Tartu_linnavalitsus, lk 21
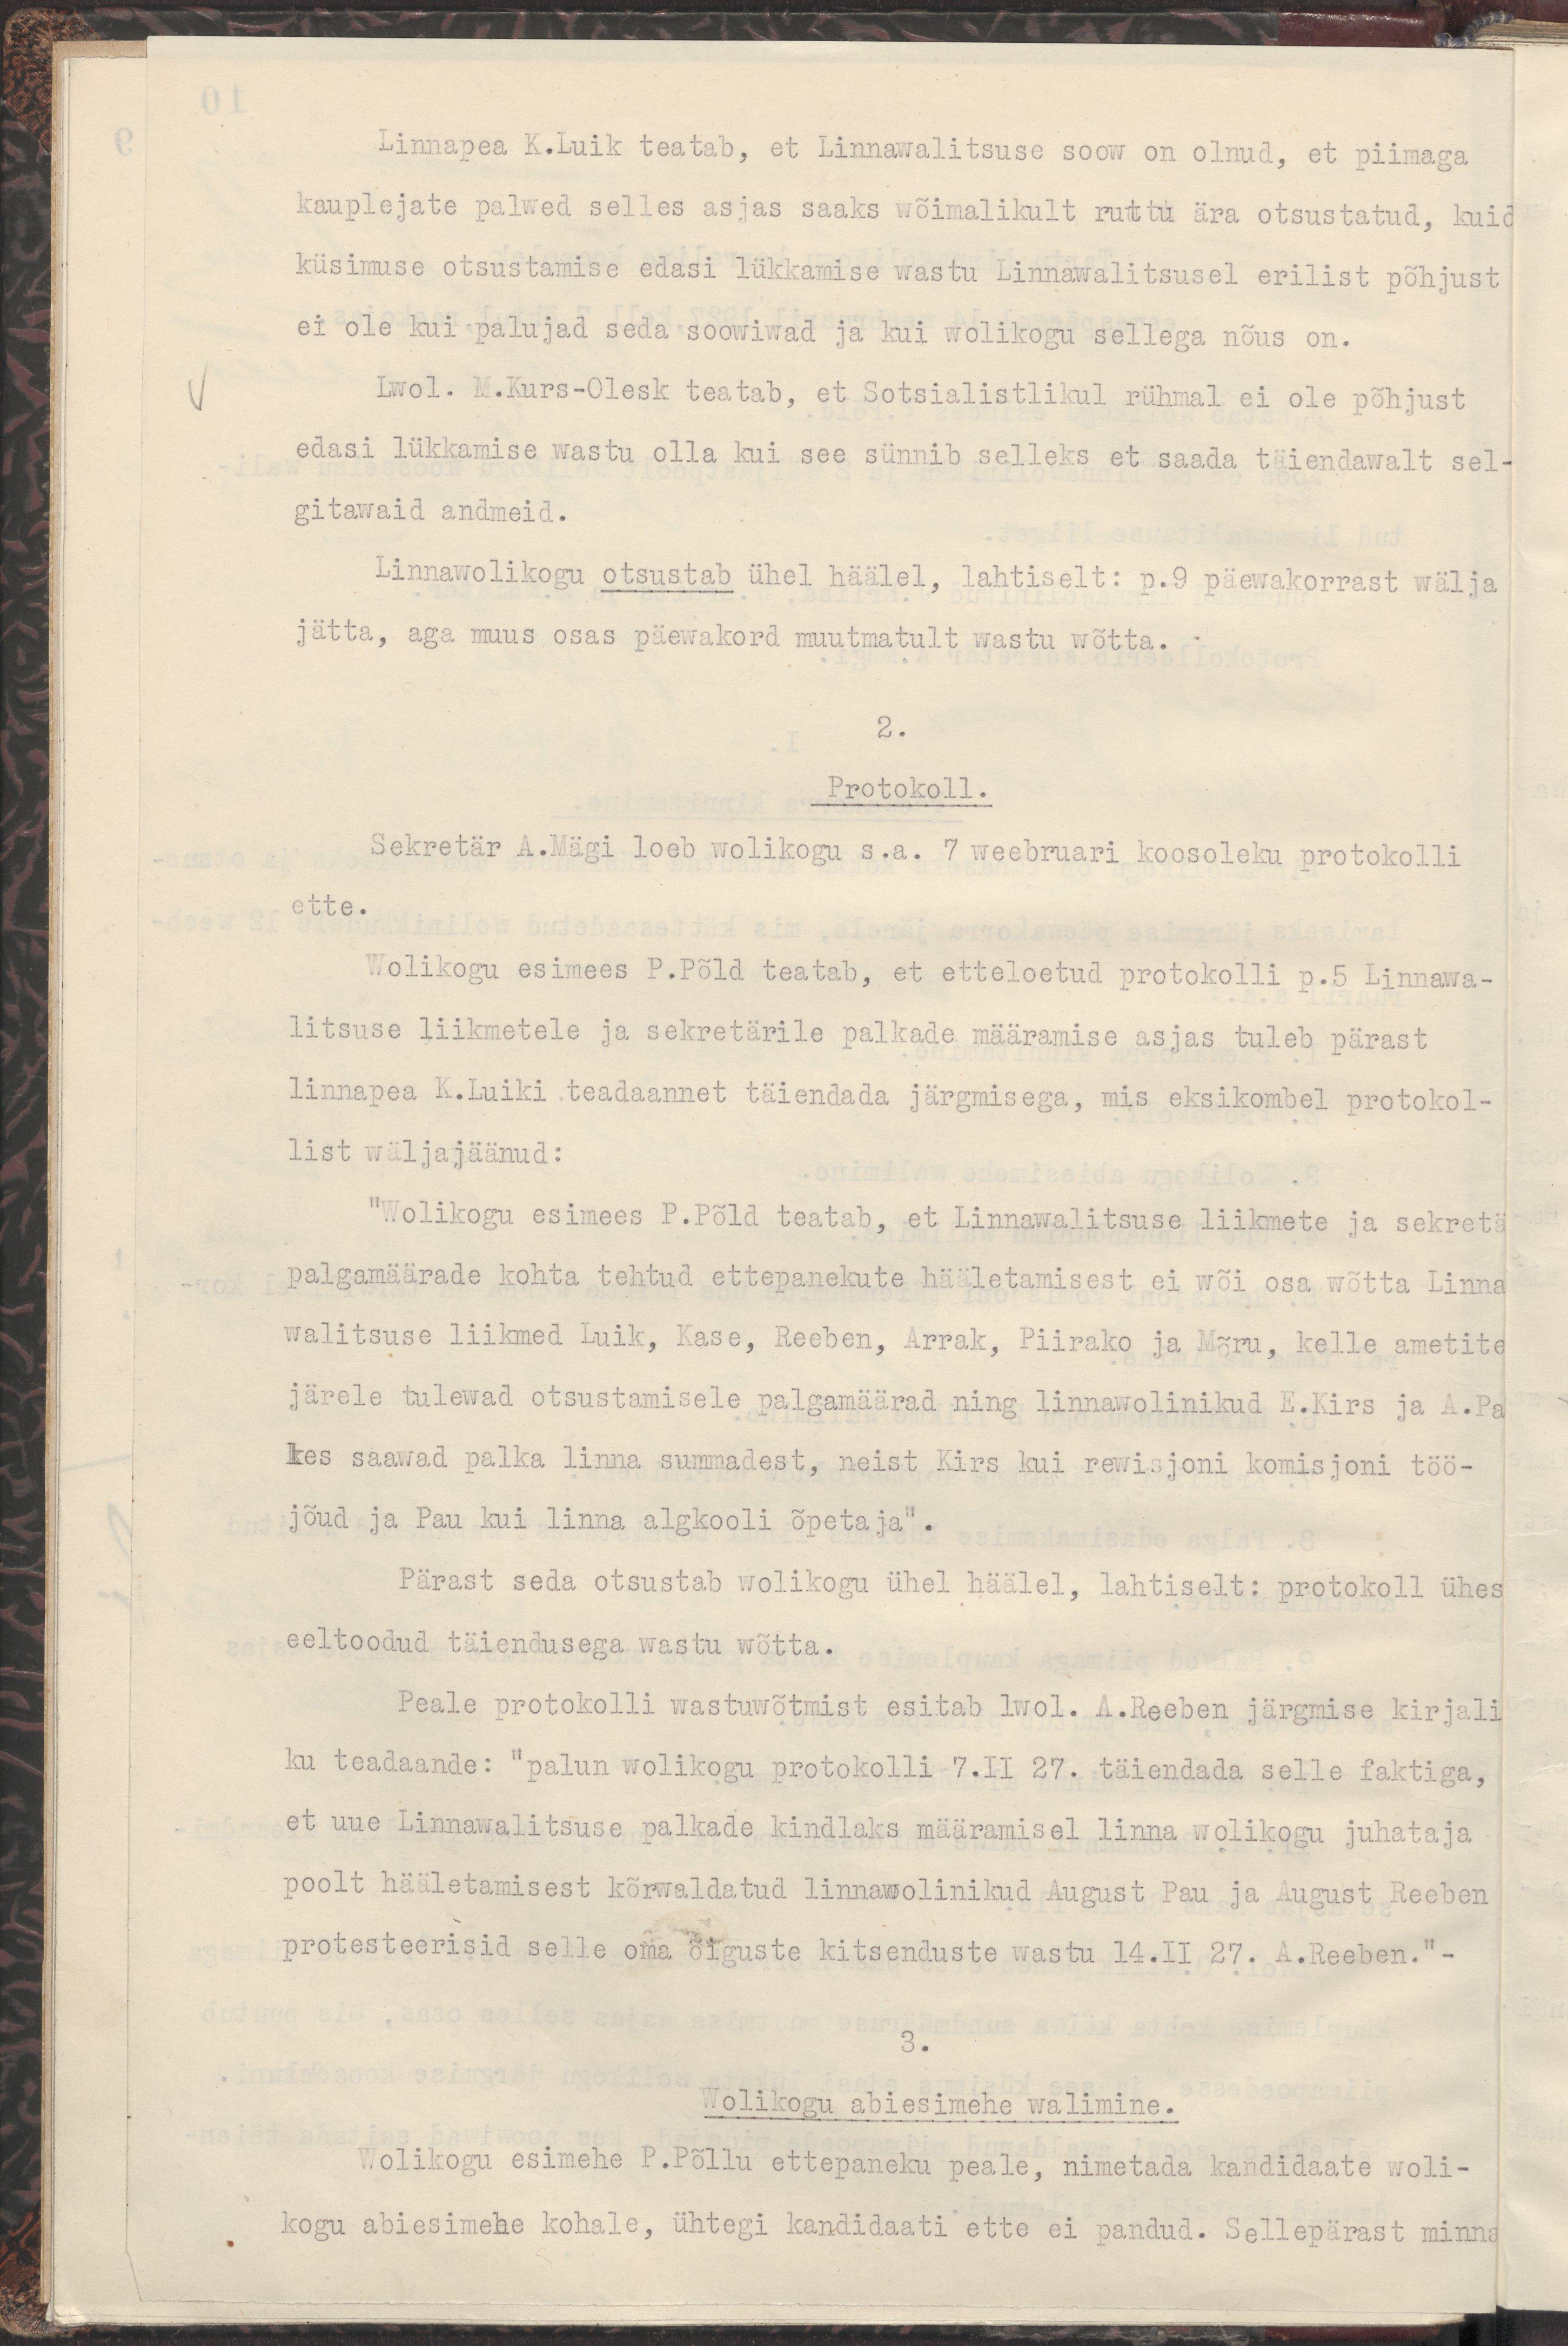
Linnapea K.Luik teatab, et Linnawalitsuse soow on olnud, et piimaga
kauplejate palwed selles asjas saaks wõimalikult ruttu ära otsustatud, kuid
küsimuse otsustamise edasi lükkamise wastu Linnawalitsusel erilist põhjust
ei ole kui palujad seda soowiwad ja kui wolikogu sellega nõus on.
Lwol. M.Kurs-Olesk teatab, et Sotsialistlikul rühmal ei ole põhjust
edasi lükkamise wastu olla kui see sünnib selleks, et saada täiendawalt sel-
gitawaid andmeid.
Linnawolikogu otsustab ühel häälel, lahtiselt: p.9 päewakorrast wälja
jätta, aga muus osas päewakord muutmatult wastu wõtta.
2.
Protokoll.
Sekretär A.Mägi loeb wolikogu s.a. 7 weebruari koosoleku protokolli
ette.
Wolikogu esimees P.Põld teatab, et etteloetud protokolli p.5 Linnawa-
litsuse liikmetele ja sekretärile palkade määramise asjas tuleb pärast
linnapea K.Luiki teadaannet täiendada järgmisega, mis eksikombel protokol-
list wäljajäänud:
"Wolikogu esimees P.Põld teatab, et Linnawalitsuse liikmete ja sekretä
palgamäärade kohta tehtud ettepanekute hääletamisest ei wõi osa wõtta Linna
walitsuse liikmed Luik, Kase, Reeben, Arrak, Piirako ja Mõru, kelle ametite
järele tulewad otsustamisele palgamäärad ning linnawolinikud E.Kirs ja A.Pau
kes saawad palka linna summadest, neist Kirs kui rewisjoni komisjoni töö-
jõud ja Pau kui linna algkooli õpetaja".
Pärast seda otsustab wolikogu ühel häälel, lahtiselt: protokoll ühes
eeltoodud täiendusega wastu wõtta.
Peale protokolli wastuwõtmist esitab lwol. A.Reeben järgmise kirjali
ku teadaande: "palun wolikogu protokolli 7.II 27. täiendada selle faktiga,
et uue Linnawalitsuse palkade kindlaks määramisel linna wolikogu juhataja
poolt hääletamisest kõrwaldatud linnawolinikud August Pau ja August Reeben
protesteerisid selle oma õiguste kitsenduste wastu 14.II 27. A.Reeben."-
3.
Wolikogu abiesimehe walimine.
Wolikogu esimehe P.Põllu ettepaneku peale, nimetada kandidaate woli-
kogu abiesimehe kohale, ühtegi kandidaati ette ei pandud. Sellepärast minna